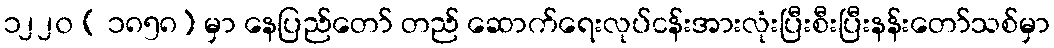
၁၂၂၀ ( ၁၈၅၈) မှာ နေပြည်တော် တည် ဆောက်ရေးလုပ်ငန်းအားလုံးပြီးစီးပြီးနန်းတော်သစ်မှာ